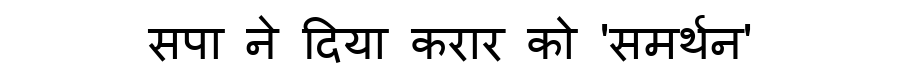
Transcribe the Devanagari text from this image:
सपा ने दिया करार को 'समर्थन'